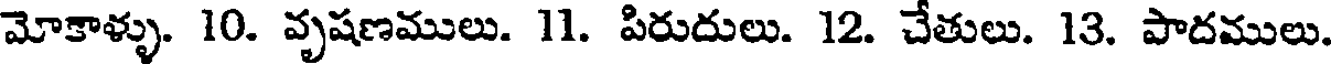
మోకాళ్ళు. 10. వృషణములు. 11. పిరుదులు. 12. చేతులు. 13. పాదములు.